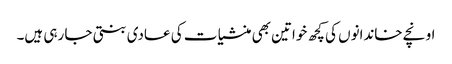
اونچے خاندانوں کی کچھ خواتین بھی منشیا ت کی عادی بنتی جا رہی ہیں۔